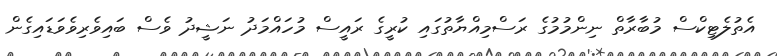
އެތުލެޓިކްސް މުބާރާތް ނިންމުމުގެ ރަސްމިއްޔާތުގައި ކުރީގެ ރައީސް މުހައްމަދު ނަޝީދު ވެސް ބައިވެރިވެވަޑައިގެން